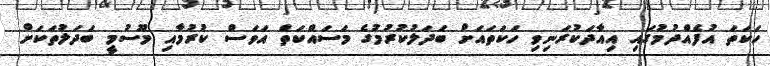
ހަކަތަ އުފެއްދުމުގައި އިއާދަކުރަނިވި ހަކަތައަށް ބަދަލުކުރުމުގެ މަސައްކަތް އަވަސް ކުރުމާއި މޫސުމީ ބަދަލުތަކަށް